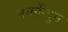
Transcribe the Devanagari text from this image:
नर्कोन्दुम